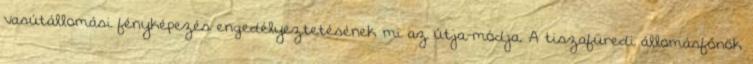
vasútállomási fényképezés engedélyeztetésének mi az útja-módja. A tiszafüredi állomásfőnök